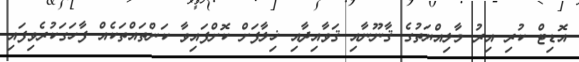
އޮޑިޓް ކުރި އިރު މާލިއްޔަތުގެ ޤާނޫނާއި ޤަވާއިދާއި ޚިލާފަށް ކޮށްފައިވާ ކަންތައްތަކެއް ފާހަގަކުރެވިފައި